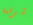
شرقية